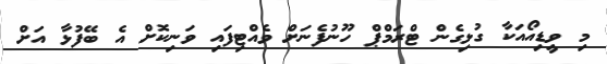
މި ވީޑިއޯއަކާ ގުޅިގެން ޓްރަމްޕް ހޫނުފެނަށް ވެއްޓިފައި ވަނިކޮށް އެ ބޭފުޅާ އަށް